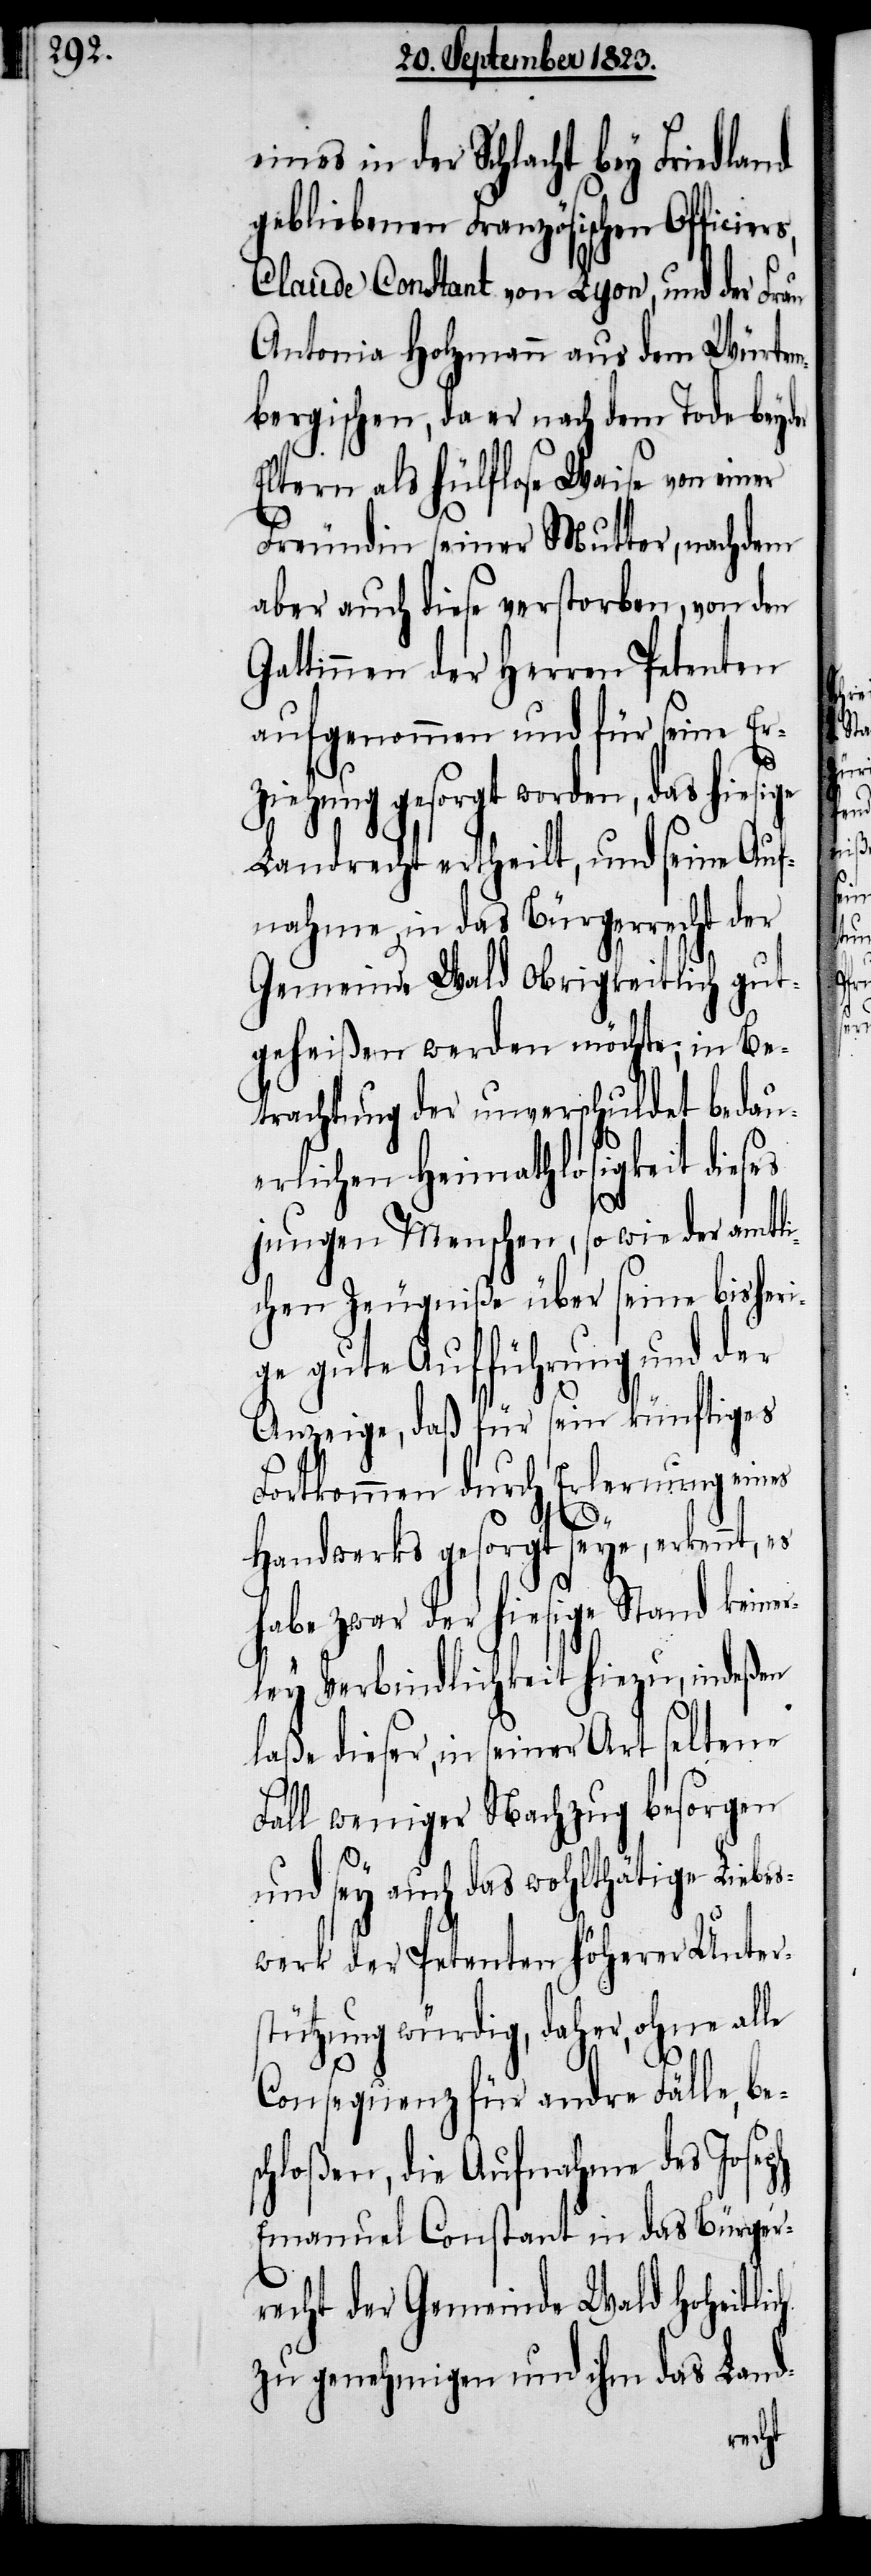
eines in der Schlacht bey Friedland
gebliebenen Französischen Officier¬
Claude Constant von Lyon, und der Frau
Antonia Holzmann aus dem Würtem¬
bergischen, da er nach dem Tode beyder
Eltern als hülflose Waise von einer
Freundin seiner Mutter, nachdem
aber auch diese verstorben, von den
Gattinnen der Herren Petenten
aufgenommen und für seine Er¬
ziehung gesorgt worden, das hiesige
Landrecht ertheilt, und seine Auf¬
nahme in das Bürgerrecht der
Gemeinde Wald obrigkeitlich gut¬
geheißen werden möchte; in Be¬
trachtung der unverschuldet bedau¬
erlichen Heimathlosigkeit dieses
jungen Menschen, sowie der amtli¬
chen Zeugniße über seine bisheri¬
ge gute Aufführung und der
Anzeige, daß für sein künftiges
Fortkommen durch Erlernung eines
s,
Handwerks gesorgt seye, erkennt, es
habe zwar der hiesige Stand keiner¬
ley Verbindlichkeit hiezu, indeßen
laße dieser, in seiner Art seltene
Fall weniger Nachzug besorgen
und sey auch das wohlthätige Liebe¬
swerk der Petenten höherer Unter¬
stützung würdig, daher, ohne alle
Consequenz für andre Fälle, be¬
schloßen, die Aufnahme des Joseph
Emanuel Constant in das Bürger¬
recht der Gemeinde Wald hoheitlich
zu genehmigen und ihm das Land-